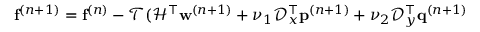
\mathbf { f } ^ { ( n + 1 ) } = \mathbf { f } ^ { ( n ) } - \mathcal { T } ( \mathcal { H } ^ { \top } \mathbf { w } ^ { ( n + 1 ) } + \nu _ { 1 } \mathcal { D } _ { x } ^ { \top } { \mathbf { p } } ^ { ( n + 1 ) } + \nu _ { 2 } \mathcal { D } _ { y } ^ { \top } { \mathbf { q } } ^ { ( n + 1 ) }